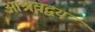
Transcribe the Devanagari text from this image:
आश्रवद्वय